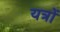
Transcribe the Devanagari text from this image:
यत्रों